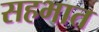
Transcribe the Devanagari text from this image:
सहभात